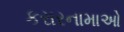
કરારનામાઓ